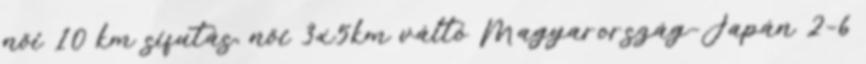
női 10 km sífutás, női 3x5km váltó Magyarország–Japán 2–6